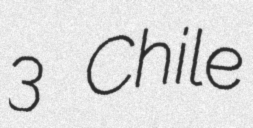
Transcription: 3 Chile